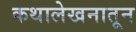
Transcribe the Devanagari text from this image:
कथालेखनातून